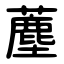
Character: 薼